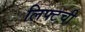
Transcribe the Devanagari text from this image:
लिफ्टची